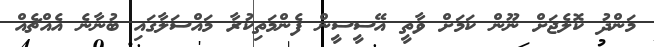
މަންދު ކޮލެޖަށް ނޫން ކަމަށް ވާތީ އޭސީސީން ފެންމަތިކުރާ މައްސަލާގައި ބުނާނެ އެއްޗެއް